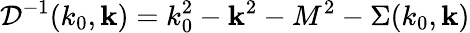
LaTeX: {\cal D}^{-1}(k_{0},{\mathbf k})=k_{0}^{2}-{\mathbf k}^{2}-M^{2}-\Sigma(k_{0},{\mathbf k})